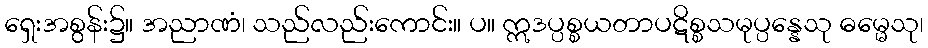
ရှေးအစွန်း၌။ အညာဏံ၊ သည်လည်းကောင်း။ ပ။ ဣဒပ္ပစ္စယတာပဋိစ္စသမုပ္ပန္နေသု ဓမ္မေသု၊